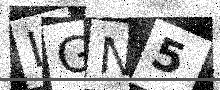
Text: LGN5